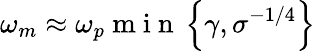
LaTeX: \omega_{m}\approx\omega_{p}\mathrm{~m~i~n~}\left\lbrace\gamma,\sigma^{-1/4}\right\rbrace